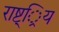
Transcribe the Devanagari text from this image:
राष्ट््रिय